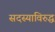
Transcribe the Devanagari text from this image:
सदस्याविरुद्ध